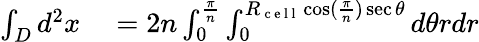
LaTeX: \begin{array}{rl}{\int_{D}d^{2}x}&{{}=2n\int_{0}^{\frac{\pi}{n}}\int_{0}^{R_{\mathrm{~c~e~l~l~}}\cos(\frac{\pi}{n})\sec\theta}d\theta rdr}\end{array}